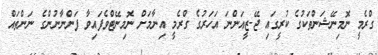
ގްރެމީ ނޮމިނޭޝަންތަކުގެ ކުރީގައި ޖޭ-ޒީއަންނަ އަހަރުގެ ގްރެމީ އިނާމަށް ނޮމިނޭޓްވެފައިވާ ފަންނާނުންގެ ނަންތައް